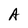
Character: A